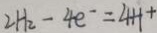
2 H _ { 2 } - 4 e ^ { - } = 4 H +